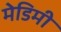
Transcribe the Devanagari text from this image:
मेडिमी